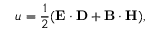
u = { \frac { 1 } { 2 } } \! \left( \mathbf { E } \cdot \mathbf { D } + \mathbf { B } \cdot \mathbf { H } \right) \! ,